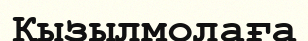
Қызылмолаға